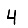
Digit: 4